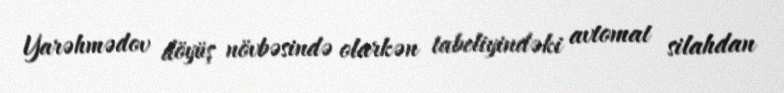
Yarəhmədov döyüş növbəsində olarkən tabeliyindəki avtomat silahdan